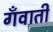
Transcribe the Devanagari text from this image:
गँवाती